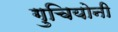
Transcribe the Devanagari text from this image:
गुचियोनी